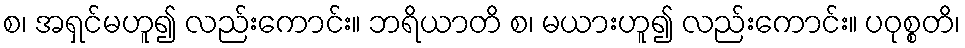
စ၊ အရှင်မဟူ၍ လည်းကောင်း။ ဘရိယာတိ စ၊ မယားဟူ၍ လည်းကောင်း။ ပဝုစ္စတိ၊